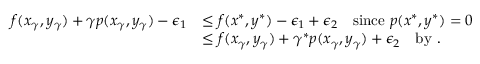
\begin{array} { r l } { f ( x _ { \gamma } , y _ { \gamma } ) + \gamma p ( x _ { \gamma } , y _ { \gamma } ) - \epsilon _ { 1 } } & { \leq f ( x ^ { * } , y ^ { * } ) - \epsilon _ { 1 } + \epsilon _ { 2 } \quad \mathrm { s i n c e ~ } p ( x ^ { * } , y ^ { * } ) = 0 } \\ & { \leq f ( x _ { \gamma } , y _ { \gamma } ) + \gamma ^ { * } p ( x _ { \gamma } , y _ { \gamma } ) + \epsilon _ { 2 } \quad \mathrm { b y ~ . } } \end{array}